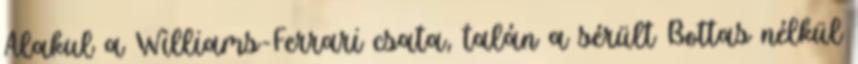
Alakul a Williams-Ferrari csata, talán a sérült Bottas nélkül